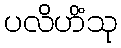
ပလိဟိံသု